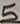
Text: 5